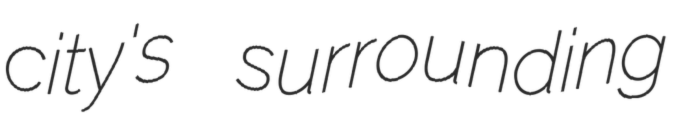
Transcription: city's surrounding